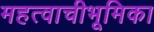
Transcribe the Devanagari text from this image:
महत्वाचीभूमिका